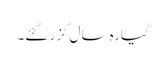
گیارہ سال گزر گئے۔